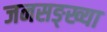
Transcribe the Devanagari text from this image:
जनसङ्ख्या